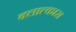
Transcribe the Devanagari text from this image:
बलात्कारा